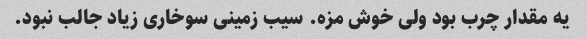
یه مقدار چرب بود ولی خوش مزه. سیب زمینی سوخاری زیاد جالب نبود.